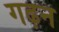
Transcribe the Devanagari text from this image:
गढ़न